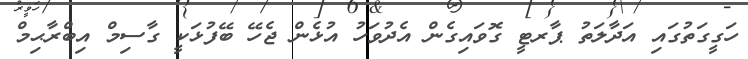
ހަގީގަތުގައި އަދާލަތު ޕާރޓީ ގޮވައިގެން އެދުވަހު އުޅެން ޖެހޭ ބޭފުޅަކީ ގާސިމް އިބްރާޙިމް